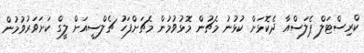
ކްރިސްޓަލް ޕެލަސްއާ ދެކޮޅަށް ކުޅުނު މެޗުން މޮޅުވުމުން މެޗަށްފަހު ޗެލްސީއަށް ލީގް ކަށަވަރުވުމުން